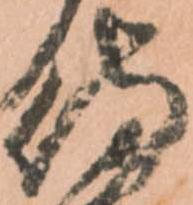
侍